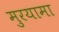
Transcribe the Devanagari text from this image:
मुरयामा